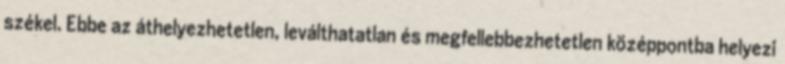
székel. Ebbe az áthelyezhetetlen, leválthatatlan és megfellebbezhetetlen középpontba helyezi